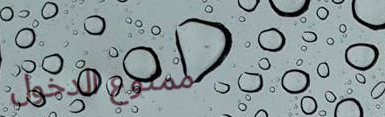
ممنوع الدخول